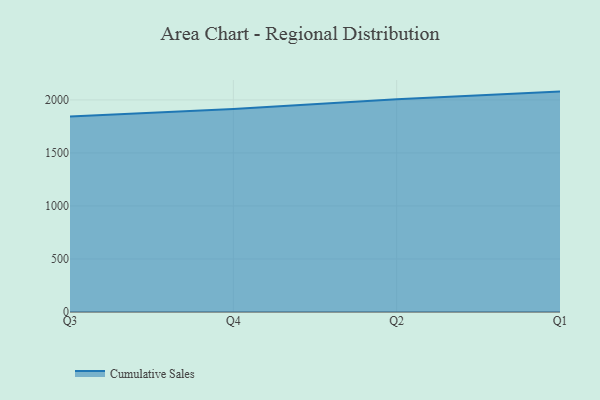
{"axis": {"x": "Quarter", "y": "Customer Acquisition Cost (USD)"}, "legend": ["Cumulative Sales"], "data": [{"x": "Q3", "y": 1844.4, "type": "Cumulative Sales"}, {"x": "Q4", "y": 1915.0, "type": "Cumulative Sales"}, {"x": "Q2", "y": 2005.6, "type": "Cumulative Sales"}, {"x": "Q1", "y": 2078.5, "type": "Cumulative Sales"}]}